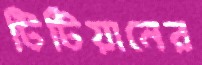
টিটিয়ানের